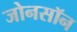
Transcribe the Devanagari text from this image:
जोनसॉन